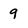
Character: 9